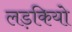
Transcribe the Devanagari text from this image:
लड़कियो